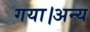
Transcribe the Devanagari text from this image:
गया।अन्य